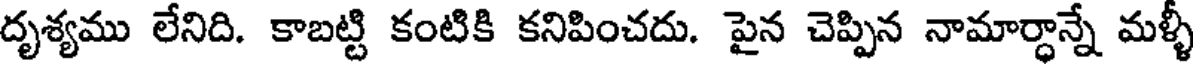
దృశ్యము లేనిది. కాబట్టి కంటికి కనిపించదు. పైన చెప్పిన నామార్ధాన్నే మళ్ళీ